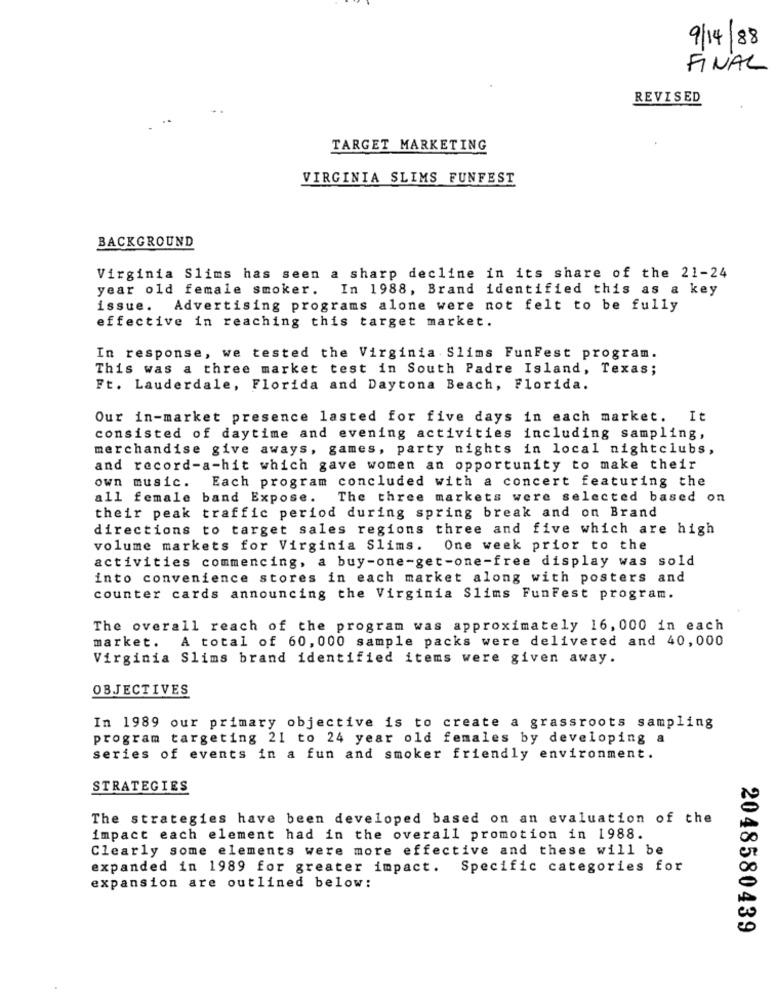
9/14/88
FINAL
REVISED
TARGET MARKETING
VIRGINIA SLIMS FUNFEST
BACKGROUND
Virginia Slims has seen a sharp decline in its share of the 21-24
year old female smoker.
In 1988, Brand identified this as a key
issue. Advertising programs alone were not felt to be fully
effective in reaching this target market.
In response, we tested the Virginia Slims FunFest program.
This was a three market test in South Padre Island, Texas;
Ft. Lauderdale, Florida and Daytona Beach, Florida.
Our in-market presence lasted for five days in each market. It
consisted of daytime and evening activities including sampling,
merchandise give aways, games, party nights in local nightclubs,
and record-a-hit which gave women an opportunity to make their
Each program concluded with a concert featuring the
own music.
all female
band Expose.
The three markets were selected based on
their peak traffic period during spring break and on Brand
directions to target sales regions three and five which are high
volume markets for Virginia Slims.
One week prior to the
activities commencing, a buy-one-get-one-free display was sold
into convenience stores in each market along with posters and
counter cards announcing the Virginia Slims FunFest program.
The overall reach of the program was approximately 16, 000 in each
A total of 60, 000 sample packs were delivered and 40,000
market.
Virginia Slims brand identified items were given away.
OBJECTIVES
In 1989 our primary objective is to create a grassroots sampling
program targeting 21 to 24 year old females by developing a
series of events in a fun and smoker friendly environment.
STRATEGIES
The strategies have been developed based on an evaluation of the
impact each element had in the overall promotion in 1988.
Clearly some elements were more effective and these will be
expanded in 1989 for greater impact. Specific categories for
expansion are outlined below:
2048580439